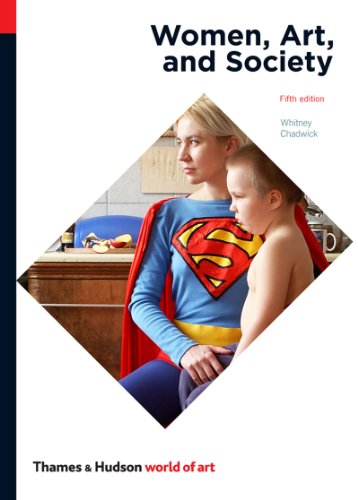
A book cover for Women, Art, and Society (Fifth Edition)  (World of Art); Whitney Chadwick; Politics & Social Sciences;